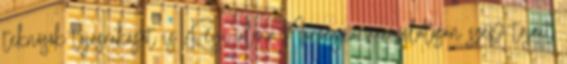
teknősök tojásrakását is Régi álma Norvégia varázslatosan szép tájait